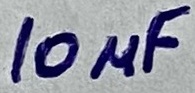
Text: 10µF